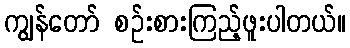
ကျွန်တော် စဉ်းစားကြည့်ဖူးပါတယ်။